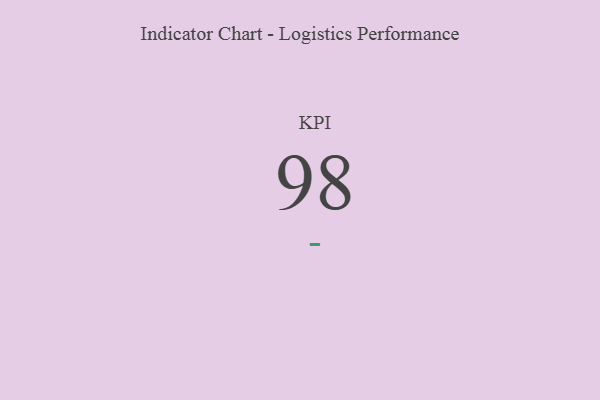
{"axis": {"x": "KPI", "y": "Value"}, "legend": [""], "data": [{"x": "KPI", "y": 98, "type": ""}]}